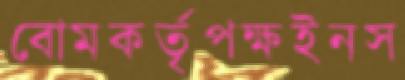
বোমকর্তৃপক্ষইনস